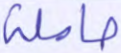
حاملة